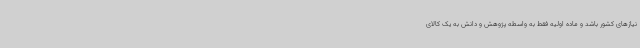
نیازهای کشور باشد و ماده اولیه فقط به واسطه پژوهش و دانش به یک کالای